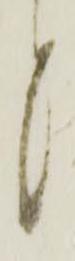
く